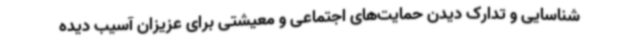
شناسایی و تدارک دیدن حمایت‌های اجتماعی و معیشتی برای عزیزان آسیب دیده